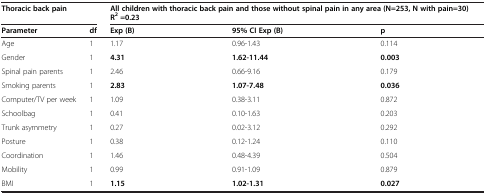
<table><thead><tr><td><b>Thoracic back pain</b></td><td><b> </b></td><td colspan="3"><b>All children with thoracic back pain and those without spinal pain in any area (N=253, N with pain=30) R<sup>2 </sup>=0.23</b></td></tr><tr><td><b>Parameter</b></td><td><b>df</b></td><td><b>Exp (B)</b></td><td><b>95% CI Exp (B)</b></td><td><b>p</b></td></tr></thead><tbody><tr><td>Age</td><td>1</td><td>1.17</td><td>0.96-1.43</td><td>0.114</td></tr><tr><td>Gender</td><td>1</td><td><b>4.31</b></td><td><b>1.62-11.44</b></td><td><b>0.003</b></td></tr><tr><td>Spinal pain parents</td><td>1</td><td>2.46</td><td>0.66-9.16</td><td>0.179</td></tr><tr><td>Smoking parents</td><td>1</td><td><b>2.83</b></td><td><b>1.07-7.48</b></td><td><b>0.036</b></td></tr><tr><td>Computer/TV per week</td><td>1</td><td>1.09</td><td>0.38-3.11</td><td>0.872</td></tr><tr><td>Schoolbag</td><td>1</td><td>0.41</td><td>0.10-1.63</td><td>0.203</td></tr><tr><td>Trunk asymmetry</td><td>1</td><td>0.27</td><td>0.02-3.12</td><td>0.292</td></tr><tr><td>Posture</td><td>1</td><td>0.38</td><td>0.12-1.24</td><td>0.110</td></tr><tr><td>Coordination</td><td>1</td><td>1.46</td><td>0.48-4.39</td><td>0.504</td></tr><tr><td>Mobility</td><td>1</td><td>0.99</td><td>0.91-1.09</td><td>0.879</td></tr><tr><td>BMI</td><td>1</td><td><b>1.15</b></td><td><b>1.02-1.31</b></td><td><b>0.027</b></td></tr></tbody></table>